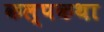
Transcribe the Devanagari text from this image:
कल्पकथा